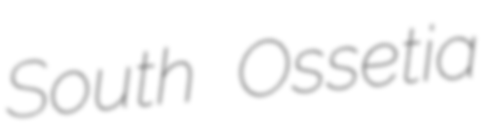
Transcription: South Ossetia